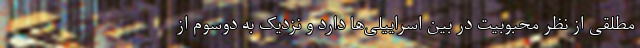
مطلقی از نظر محبوبیت در بین اسراییلی‌ها دارد و نزدیک به دوسوم از